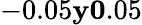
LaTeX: -0.05\le y\le 0.05